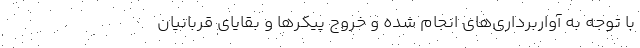
با توجه به آواربرداری‌های انجام شده و خروج پیکرها و بقایای قربانیان